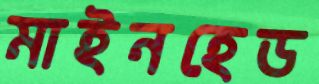
মাইনহেড